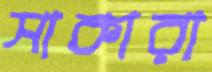
সাকারা